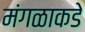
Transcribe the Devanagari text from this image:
मंगळाकडे